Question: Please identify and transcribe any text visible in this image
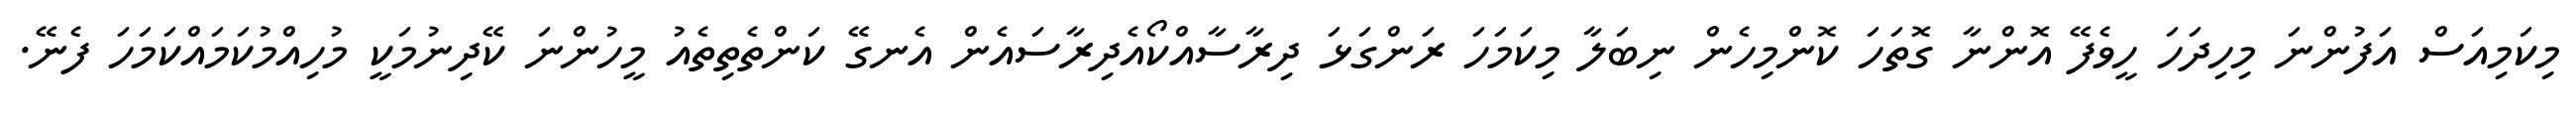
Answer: މިކަމިއަސް އަފުންނަ މިހިދަހަ ހީވެފޭ އޮންނާ ގޮތަހަ ކޮންމިހެން ނިބަލާ މިކަމަހަ ރަންގަޅަ ދިރާސާއްކޯއެދިރާސައެން އެނގޭ ކަންތެތިތެއު މީހުންނަ ކޭދިނުމަކީ މުހިއްމުކަމައްކަމަހަ ފެނޭ.